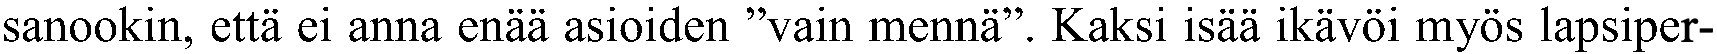
sanookin, että ei anna enää asioiden ”vain mennä”. Kaksi isää ikävöi myös lapsiper-